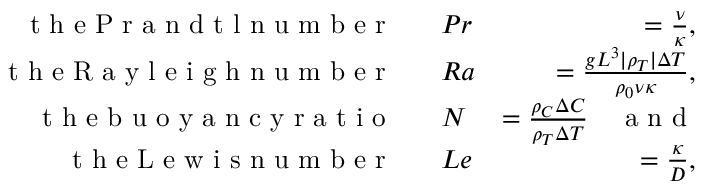
\begin{array} { r l r } { \textrm { t h e P r a n d t l n u m b e r ~ } } & { P r } & { = \frac { \nu } { \kappa } , } \\ { \textrm { t h e R a y l e i g h n u m b e r ~ } } & { R a } & { = \frac { g L ^ { 3 } | \rho _ { T } | \Delta T } { \rho _ { 0 } \nu \kappa } , } \\ { \textrm { t h e b u o y a n c y r a t i o ~ } } & { N } & { = \frac { \rho _ { C } \Delta C } { \rho _ { T } \Delta T } \quad \textrm { a n d } } \\ { \textrm { t h e L e w i s n u m b e r ~ } } & { L e } & { = \frac { \kappa } { D } , } \end{array}